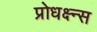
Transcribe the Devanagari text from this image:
प्रोधक्ष्न्स